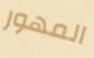
المهور